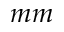
m m